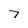
Character: 7